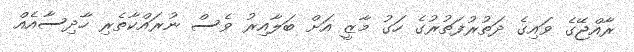
ރާއްޖޭގެ ވައިގެ ދަތުރުފަތުރުގެ ހަގު މާޒީ އަށް ބަލާއިރު ވެސް ނުރައްކާތެރި ހާދިސާއެއް